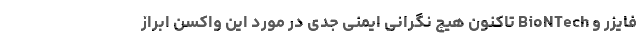
فایزر و BioNTech تاکنون هیچ نگرانی ایمنی جدی در مورد این واکسن ابراز